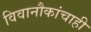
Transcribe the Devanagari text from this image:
विवानौकांचाही